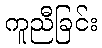
ကူညီခြင်း